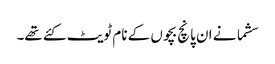
سشما نے ان پانچ بچوں کے نام ٹویٹ کئے تھے۔